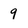
Character: 9